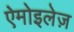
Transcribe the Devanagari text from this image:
ऐमोइलेज़